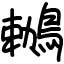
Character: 鶒